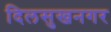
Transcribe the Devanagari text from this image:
दिलसुखनगर